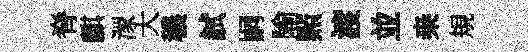
脊麒潈大穠試嗣隃㸃渡並桒規